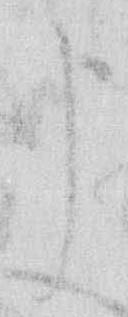
申